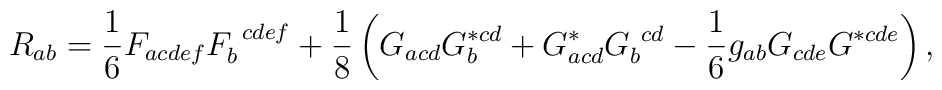
R_{ab} = \frac{1}{6} F_{acdef} F_b^{~cdef} + \frac{1}{8} \left(G_{acd} G_b^{*cd} + G_{acd}^* G_b^{~cd} -\frac{1}{6} g_{ab} G_{cde}G^{*cde} \right),